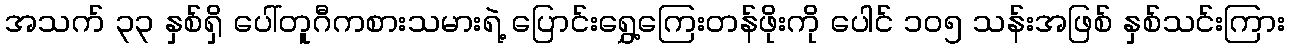
အသက် ၃၃ နှစ်ရှိ ပေါ်တူဂီကစားသမားရဲ့ ပြောင်းရွှေ့ကြေးတန်ဖိုးကို ပေါင် ၁၀၅ သန်းအဖြစ် နှစ်သင်းကြား